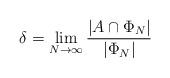
LaTeX: \begin{align*}\delta=\lim_{N \to \infty} \dfrac{|A \cap \Phi_N|}{|\Phi_N|}\end{align*}